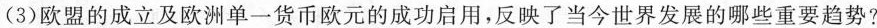
(3)欧盟的成立及欧洲单一货币欧元的成功启用，反映了当今世界发展的哪些重要趋势?